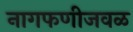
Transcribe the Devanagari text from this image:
नागफणीजवळ